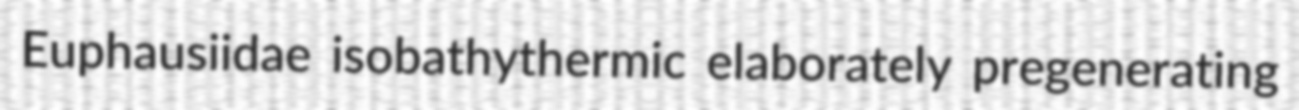
Euphausiidae isobathythermic elaborately pregenerating